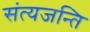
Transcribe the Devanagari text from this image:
संत्यजन्ति